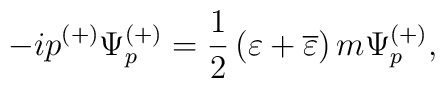
-ip^{(+)}\Psi _p^{(+)}=\frac 12\left( \varepsilon+\overline{\varepsilon } \right) m\Psi _p^{(+)} ,